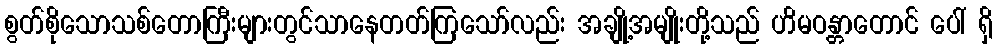
စွတ်စိုသောသစ်တောကြီးများတွင်သာနေတတ်ကြသော်လည်း အချို့အမျိုးတို့သည် ဟိမဝန္တာတောင် ပေါ် ရှိ